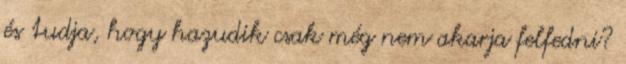
és tudja, hogy hazudik csak még nem akarja felfedni?